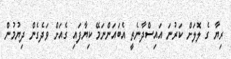
ރިޔާ ގެ ލޮލަށް ކަރުނަ އައިސްދާނެތީ އެބައަންނަމޭ ކިޔާފައި ގެއަށް ވަދެގެން ދިޔުމުން